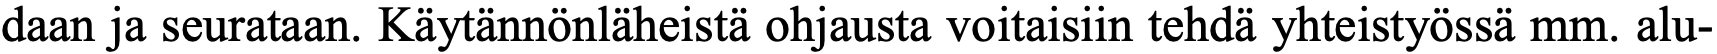
daan ja seurataan. Käytännönläheistä ohjausta voitaisiin tehdä yhteistyössä mm. alu-